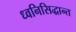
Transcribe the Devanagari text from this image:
ध्वनिसिद्धान्त